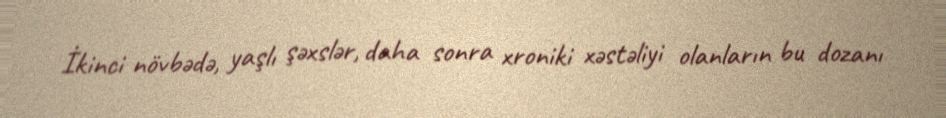
İkinci növbədə, yaşlı şəxslər, daha sonra xroniki xəstəliyi olanların bu dozanı